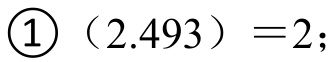
\textcircled{1}（2.493） = 2；